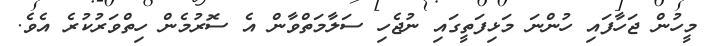
މީހުން ޖަހާފައި ހުންނަ މަޅިފަތީގައި ނުޖެހި ސަލާމަތްވާން އެ ސޮރުމެން ހިތްވަރުކުރެ އެވެ.